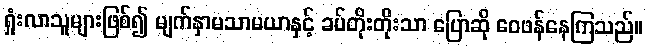
ရှုံးလာသူများဖြစ်၍ မျက်နှာမသာမယာနှင့် ခပ်တိုးတိုးသာ ပြောဆို ဝေဖန်နေကြသည်။